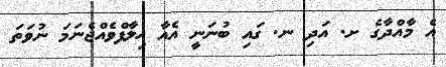
އެ މާއްދާގެ ށ. އަދި ނ. ގައި ބުނަނީ އެއާ ޚިލާފްވެއްޖެނަމަ ނުވަތަ